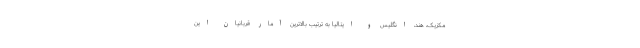
مکزیک، هند، انگلیس و ایتالیا به ترتیب بالاترین آمار قربانیان این